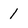
Character: 1